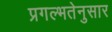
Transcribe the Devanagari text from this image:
प्रगल्भतेनुसार